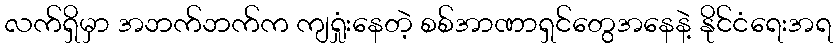
လက်ရှိမှာ အဘက်ဘက်က ကျရှုံးနေတဲ့ စစ်အာဏာရှင်တွေအနေနဲ့ နိုင်ငံရေးအရ